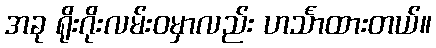
အခု ရိုးဂိုးလမ်းဝမှာလည်း ဟင်္သာထားတယ်။